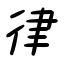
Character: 律